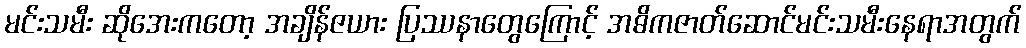
မင်းသမီး ဆိုအေးကတော့ အချိန်ဇယား ပြဿနာတွေကြောင့် အဓိကဇာတ်ဆောင်မင်းသမီးနေရာအတွက်